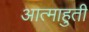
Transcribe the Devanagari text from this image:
आत्माहुती